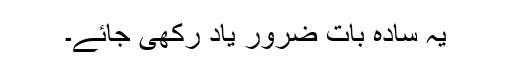
یہ سادہ بات ضرور یاد رکھی جائے۔